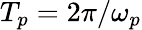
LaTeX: T_{p}=2\pi/\omega_{p}